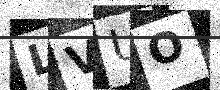
Text: LVUO